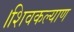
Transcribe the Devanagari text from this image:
।शिवकल्याण